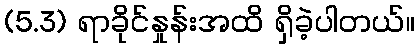
(5.3) ရာခိုင်နှုန်းအထိ ရှိခဲ့ပါတယ်။